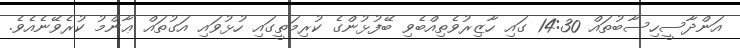
އަންދާސީހިސާބުތައް 14:30 ގައި ހާޒިރުވެތިއްބެވި ބޭފުޅުންގެ ކުރިމަތީގައި ހުޅުވައި އަގުތައް ޢާންމު ކުރެވޭނެއެވެ.